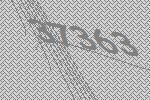
37363